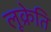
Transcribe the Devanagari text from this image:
लूक्रेति